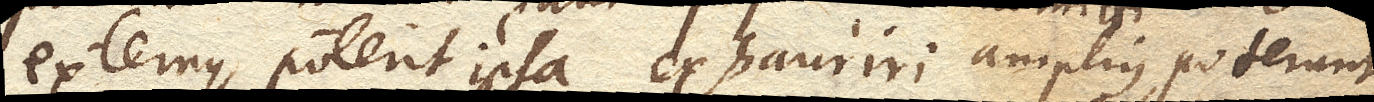
externus, poterit ipsa exhauriri amplius, poterunt